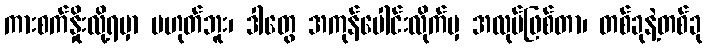
ကားစက်နှိုးလို့ရမှာ မဟုတ်ဘူး၊ ဒါတွေ အကုန်ပေါင်းလိုက်မှ အလုပ်ဖြစ်တာ၊ တစ်ခုနဲ့တစ်ခု